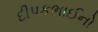
દીપકભાઈનો